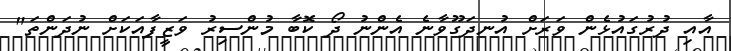
އާއި ދުރުގައުޅެން ވަރަށް އުނދަގޫވާނެ އެންނު ދޯ ކޮބާ މުންސިރު ވަޒީފާއަކަށް ނުދަންތަ"